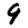
Digit: 9